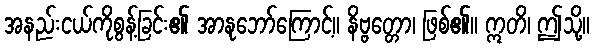
အနည်းငယ်ကိုစွန့်ခြင်း၏ အာနုဘော်ကြောင့်။ နိဗ္ဗတ္တော၊ ဖြစ်၏။ ဣတိ၊ ဤသို့။